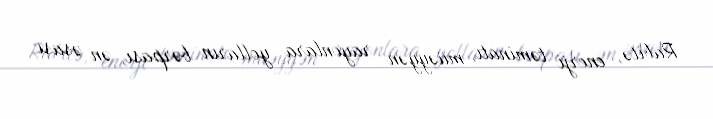
Rabitə, enerji təminatı, müəyyən rayonlara yolların bərpası, ən əsası